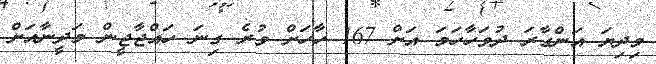
މިދިޔަ އަންގާރަ ދުވަހާހަމަ އަށް 167 ހާހަށް ވުރެ ގިނަ ހައްޖާޖީން މަދީނާއަށް